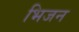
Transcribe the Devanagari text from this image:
भिजन